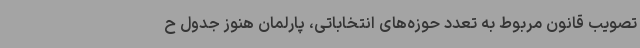
تصویب قانون مربوط به تعدد حوزه‌های انتخاباتی، پارلمان هنوز جدول ح